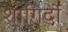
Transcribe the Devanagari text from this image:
शागिर्दों